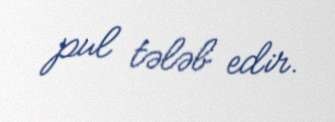
pul tələb edir.